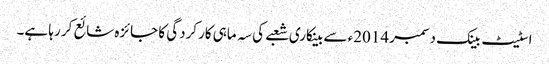
اسٹیٹ بینک دسمبر 2014ء سے بینکاری شعبے کی سہ ماہی کارکردگی کا جائزہ شائع کر رہا ہے۔